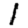
Digit: 1